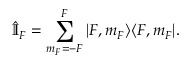
\hat { \mathbb { I } } _ { F } = \sum _ { m _ { F } = - F } ^ { F } | F , m _ { F } \rangle \langle F , m _ { F } | .